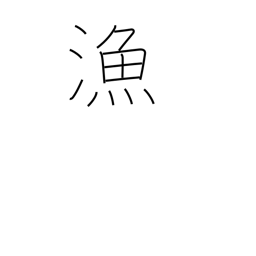
Meaning: fishery